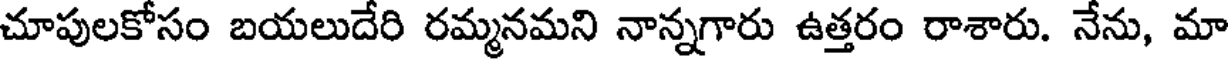
చూపులకోసం బయలుదేరి రమ్మనమని నాన్నగారు ఉత్తరం రాశారు. నేను, మా